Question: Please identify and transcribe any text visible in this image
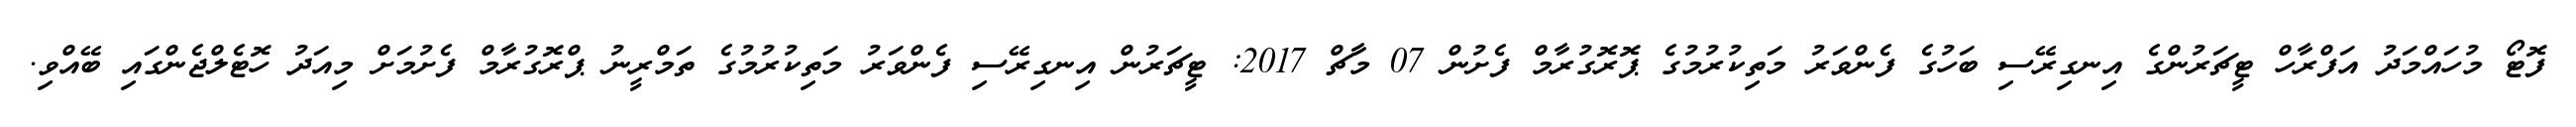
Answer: ފޮޓޯ މުހައްމަދު އަފްރާހް ޓީޗަރުންގެ އިނގިރޭސި ބަހުގެ ފެންވަރު މަތިކުރުމުގެ ޕޮރޮގުރާމް ފެށުން 07 މާޗް 2017: ޓީޗަރުން އިނގިރޭސި ފެންވަރު މަތިކުރުމުގެ ތަމްރީނު ޕްރޮގުރާމް ފެށުމަށް މިއަދު ހޮޓެލްޖެންގައި ބޭއްވި.